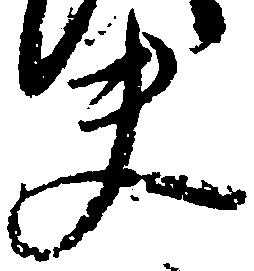
夫